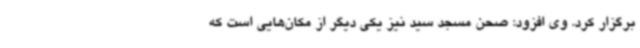
برگزار کرد. وی افزود: صحن مسجد سید نیز یکی دیگر از مکان‌هایی است که